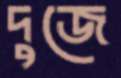
দুজে